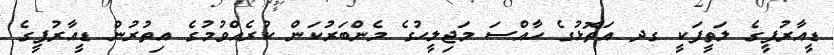
ޑީއާރުޕީގެ ލަތީފަކީ ގދ އަތޮޅުގެ ހާއްސަ މަޖިލީހުގެ މެންބަރުކަން ކުރެއްވުމުގެ އިތުރުން ޑީއާރުޕީގެ